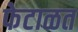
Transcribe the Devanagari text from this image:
फेटाळत